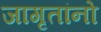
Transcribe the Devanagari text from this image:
जागृतांनो